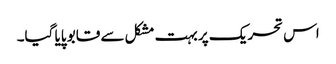
اس تحریک پر بہت مشکل سے قابو پایا گیا۔